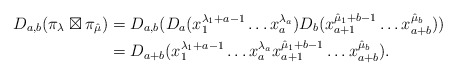
\begin{align*}D_{a,b}(\pi_{\lambda}\boxtimes\pi_{\hat{\mu}}) & = D_{a,b}(D_a(x_1^{\lambda_1+a-1}\dots x_a^{\lambda_a})D_b(x_{a+1}^{\hat{\mu}_1+b-1}\dots x_{a+b}^{\hat{\mu}_b}))\\&=D_{a+b}(x_1^{\lambda_1+a-1}\dots x_a^{\lambda_a}x_{a+1}^{\hat{\mu}_1+b-1}\dots x_{a+b}^{\hat{\mu}_b}).\end{align*}